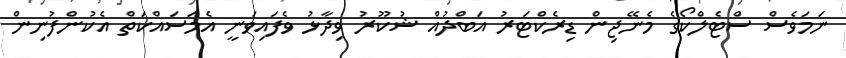
ނަމަވެސް ސްޓެލްކޯގެ މެނޭޖިން ޑިރެކްޓަރު އަބްދުއް ޝުކޫރު ވިދާޅު ވެފައިވަނީ އެމަސައްކަތް އެކުންފުނިން